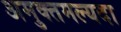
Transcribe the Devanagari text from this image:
अमुक्तमल्यदा